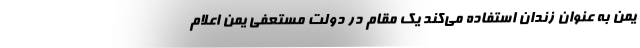
یمن به عنوان زندان استفاده می‌کند یک مقام در دولت مستعفی یمن اعلام